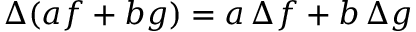
\Delta ( a f + b g ) = a \, \Delta f + b \, \Delta g